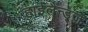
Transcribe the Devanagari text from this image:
हाईलैन्ड्ज़